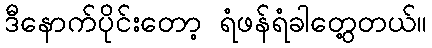
ဒီနောက်ပိုင်းတော့ ရံဖန်ရံခါတွေ့တယ်။